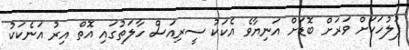
ފުލުހަކަށް ވަރަށް ބޮޑަށް އަނިޔާވެ އެކަކު ސީރިއަސް ހާލަތުގައި އޮތް އިރު އަނެކަކު